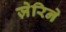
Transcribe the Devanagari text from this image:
ज़ेरिने